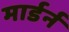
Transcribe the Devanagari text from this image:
मार्डर्न